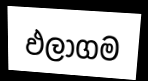
ඵලාගම